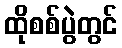
ထိုစစ်ပွဲတွင်